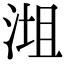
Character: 𣶝